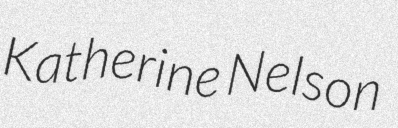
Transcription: Katherine Nelson